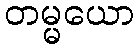
တမ္မယော